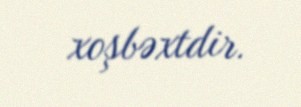
xoşbəxtdir.